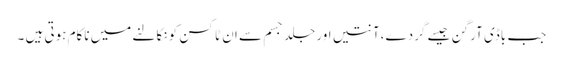
جب باڈی آرگن جیسے گردے،آنتیں اور جلد جسم سے ان ٹاکسن کو نکالنے میں ناکام ہوتی ہیں ۔